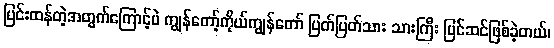
ပြင်းထန်တဲ့အတွက်ကြောင့်ပဲ ကျွန်တော့်ကိုယ်ကျွန်တော် ပြတ်ပြတ်သား သားကြီး ပြင်ဆင်ဖြစ်ခဲ့တယ်၊